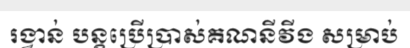
រង្វាន់ បន្តប្រើប្រាស់គណនីវីង សម្រាប់